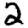
Digit: 2